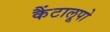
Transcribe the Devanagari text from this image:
कैंटालूपो